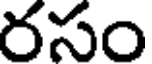
రసం